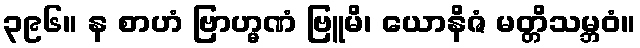
၃၉၆။ န စာဟံ ဗြာဟ္မဏံ ဗြူမိ၊ ယောနိဇံ မတ္တိသမ္ဘဝံ။